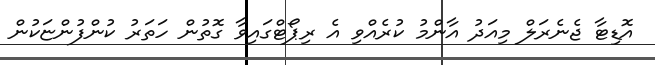
އޮޑިޓާ ޖެނެރަލް މިއަދު އާންމު ކުރެއްވި އެ ރިޕޯޓްގައިވާ ގޮތުން ހަތަރު ކުންފުންޏަކުން